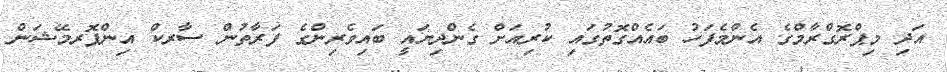
އަދި މިޕްރޮގްރާމްގެ އެންމެފަހު ބައެއްގޮތުގައި ކުރިއަށް ގެންދިޔައީ ބައިވެރިންގެ ފަރާތުން ސާރކް އިންފޮރމޭޝަން